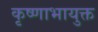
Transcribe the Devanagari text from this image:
कृष्णाभायुक्त